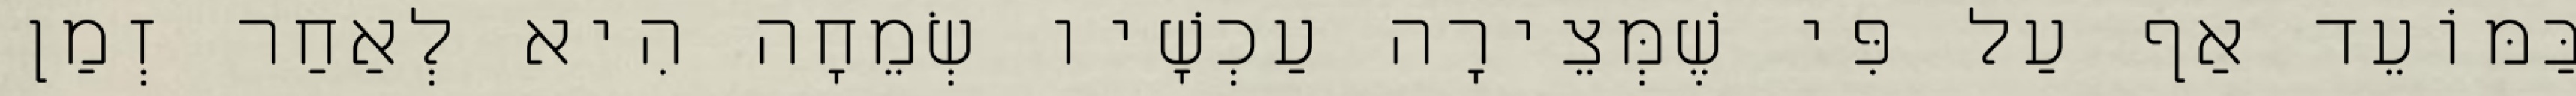
בַּמּוֹעֵד אַף עַל פִּי שֶׁמְּצֵירָה עַכְשָׁיו שְׂמֵחָה הִיא לְאַחַר זְמַן